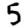
Digit: 5